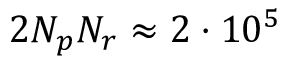
2 N _ { p } N _ { r } \approx 2 \cdot 1 0 ^ { 5 }